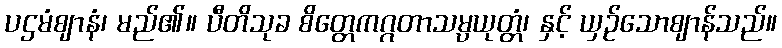
ပဌမံဈာနံ၊ မည်၏။ ပီတိသုခ စိတ္တေကဂ္ဂတာသမ္ပယုတ္တံ၊ နှင့် ယှဉ်သောဈာန်သည်။